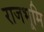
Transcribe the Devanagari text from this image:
राजभूमि